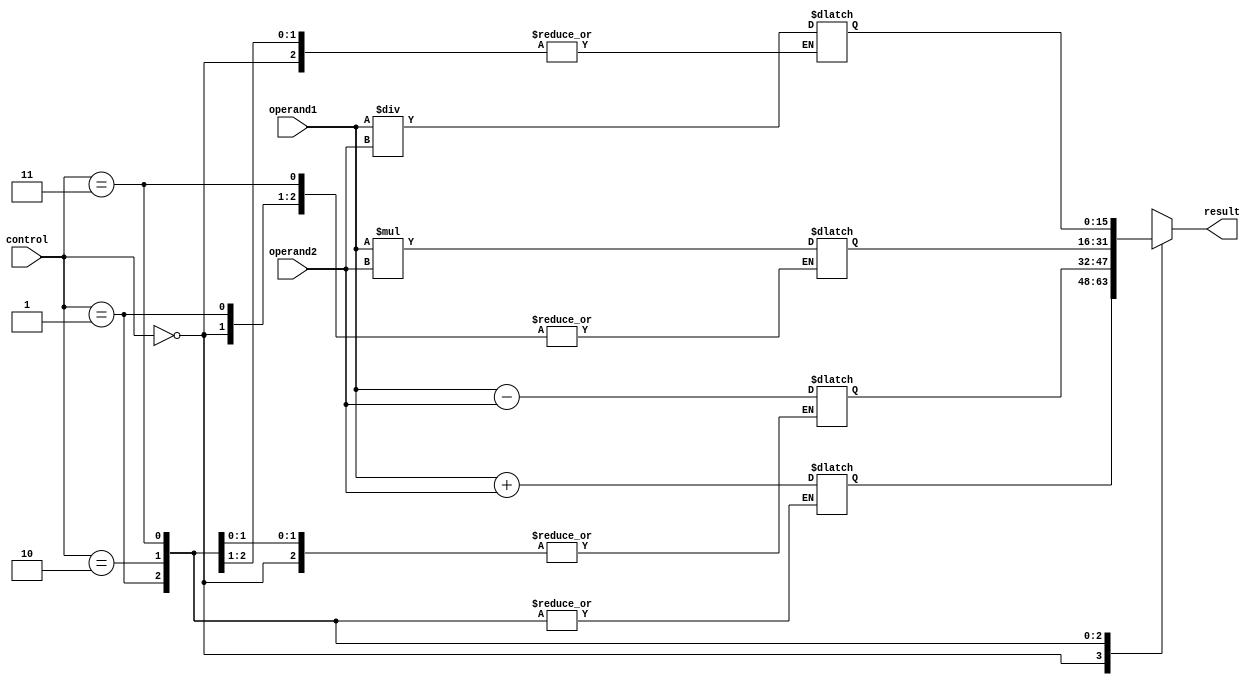
module ALU (
    input wire [15:0] operand1,
    input wire [15:0] operand2,
    input wire [1:0] control,
    output reg [15:0] result
);

// Arithmetic blocks
reg [15:0] add_result;
reg [15:0] sub_result;
reg [15:0] mul_result;
reg [15:0] div_result;

// Multiplexers
always @(*) begin
    case(control)
        2'b00: result = add_result;
        2'b01: result = sub_result;
        2'b10: result = mul_result;
        2'b11: result = div_result;
    endcase
end

// Input and output registers
always @(*) begin
    case(control)
        2'b00: add_result = operand1 + operand2;
        2'b01: sub_result = operand1 - operand2;
        2'b10: mul_result = operand1 * operand2;
        2'b11: div_result = operand1 / operand2;
    endcase
end

// Carry-lookahead logic
// Implement carry-lookahead logic here

endmodule